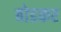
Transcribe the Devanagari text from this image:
बोडकर